65_HS1-834228961_62-HQ-83894_Section_9
Agency: FBI
Page 81
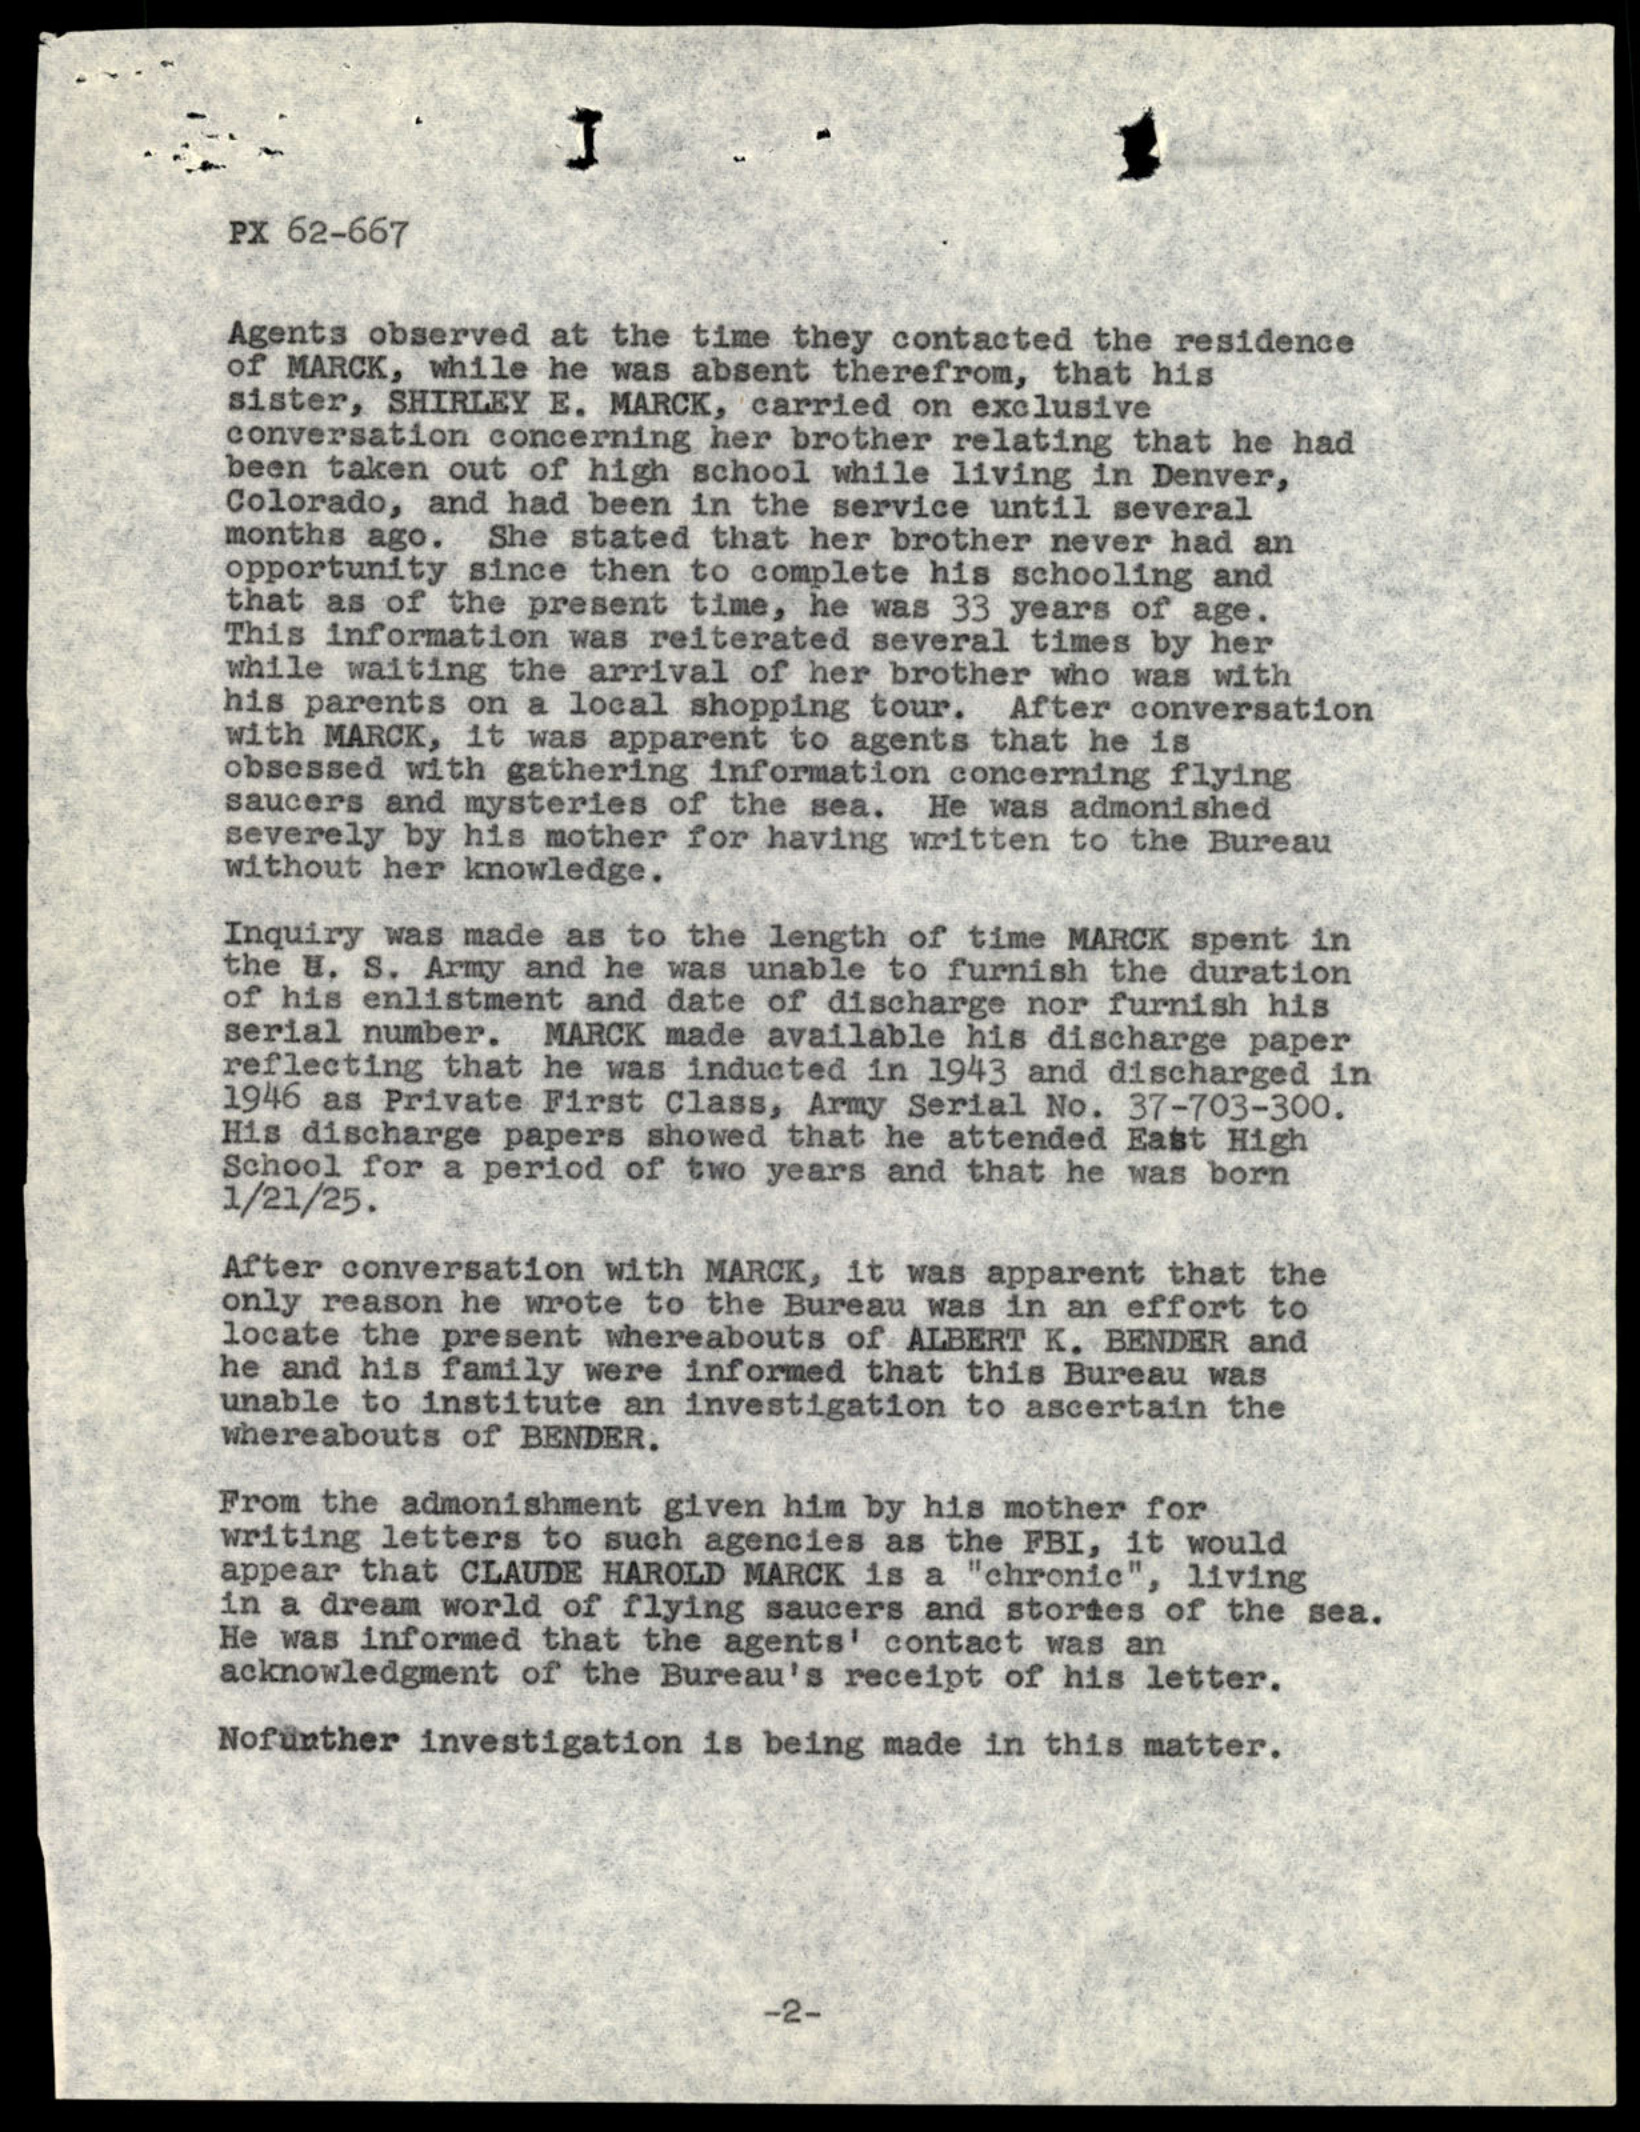